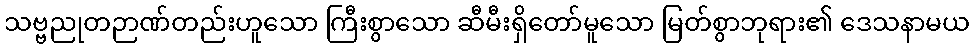
သဗ္ဗညုတဉာဏ်တည်းဟူသော ကြီးစွာသော ဆီမီးရှိတော်မူသော မြတ်စွာဘုရား၏ ဒေသနာမယ